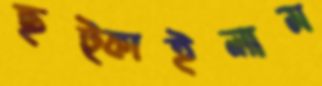
ছট্‌কাইলাম